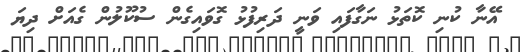
އޭނާ ކުނި ކޮތަޅު ނަގާފައި ވަނީ ދަރިފުޅު ގޮވައިގެން ސުކޫލުން ގެއަށް ދިޔަ